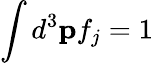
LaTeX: \int d^{3}\mathbf pf_{j}=1